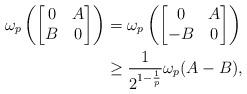
LaTeX: \begin{align*}\omega_{p}\left(\begin{bmatrix}0 & A \\B & 0\end{bmatrix}\right) &= \omega_{p}\left(\begin{bmatrix}0 & A \\-B & 0\end{bmatrix}\right) \\&\geq \frac{1}{2^{1-\frac{1}{p}}}\omega_{p}(A-B),\end{align*}